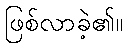
ဖြစ်လာခဲ့၏။